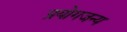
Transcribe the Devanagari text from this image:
प्रयोगजन्य